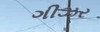
ગીઝર